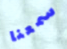
سمعنا